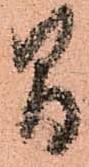
間